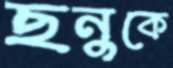
ছনুকে